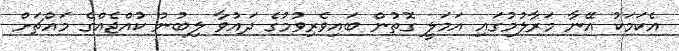
އެކަމަކު އޭނާ މަރާލުމުގައި އަމަލީ ގޮތުން ބައިވެރިވުމުގެ ދައުވާ ލިބުނު ކުއްޖެއްގެ މައްޗަށް